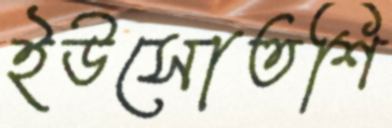
ইউসোতশি